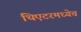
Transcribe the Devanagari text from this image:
थिएटरमध्येच